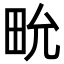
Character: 㽙